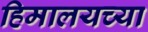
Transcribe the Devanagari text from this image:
हिमालयच्या